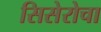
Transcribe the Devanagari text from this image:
सिसेरोचा